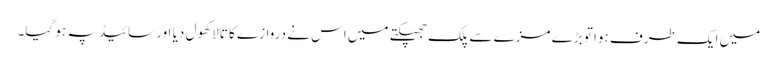
میں ایک طرف ہوا تو بڑے مزے سے پلک جھپکتے میں اس نے دروازے کا تالا کھول دیا اور سائیڈ پہ ہو گیا۔